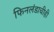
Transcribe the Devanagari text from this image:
फिनलंडाचीही